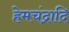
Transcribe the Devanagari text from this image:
हेमचंद्रादि